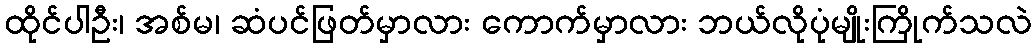
ထိုင်ပါဦး၊ အစ်မ၊ ဆံပင်ဖြတ်မှာလား ကောက်မှာလား ဘယ်လိုပုံမျိုးကြိုက်သလဲ